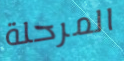
المرحلة